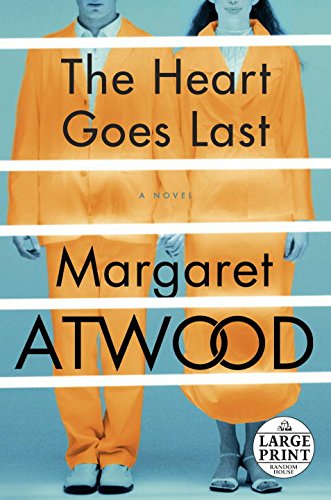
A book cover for The Heart Goes Last: A Novel (Random House Large Print); Margaret Atwood; Literature & Fiction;